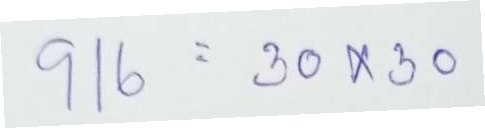
916 = 30x30